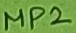
Text: MP2